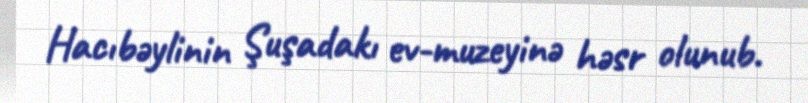
Hacıbəylinin Şuşadakı ev-muzeyinə həsr olunub.